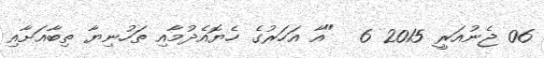
06 ޖެނުއަރީ 2015 6  "އާ އަހަރުގެ ހެޔޮއެދުމާއި ތަހުނިޔާ ތިބާއަށާއި